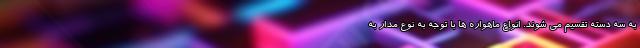
به سه دسته تقسیم می شوند. انواع ماهواره ها با توجه به نوع مدار به